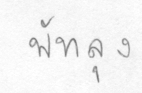
พัทลุง